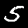
Label: 5